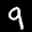
Label: 9